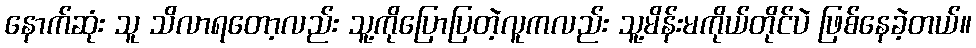
နောက်ဆုံး သူ သိလာရတော့လည်း သူ့ကိုပြောပြတဲ့လူကလည်း သူ့မိန်းမကိုယ်တိုင်ပဲ ဖြစ်နေခဲ့တယ်။